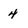
Character: 4